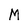
Character: M